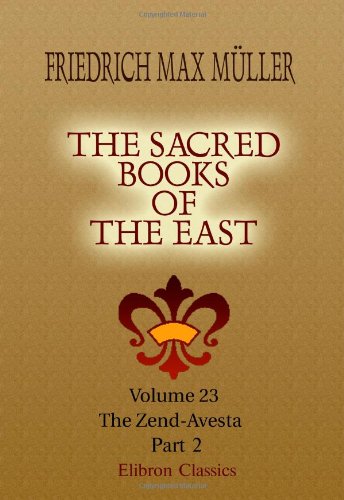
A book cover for The Sacred Books of the East: Volume 23. The Zend-Avesta. Part 2; Friedrich Max MÃ¼ller; Religion & Spirituality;